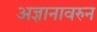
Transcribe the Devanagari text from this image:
अज्ञानावरुन